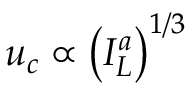
{ u _ { c } } \propto { \left( { I _ { L } ^ { a } } \right) ^ { 1 / 3 } }